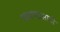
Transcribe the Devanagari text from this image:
चावण्यासाठी